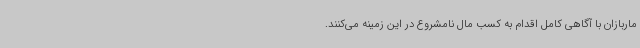
ماربازان با آگاهی کامل اقدام به کسب مال نامشروع در این زمینه می‌کنند.